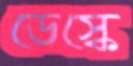
ডেস্কে